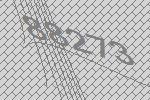
88273